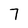
Character: 7